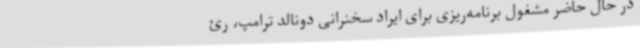
در حال حاضر مشغول برنامه‌ریزی برای ایراد سخنرانی دونالد ترامپ، رئ